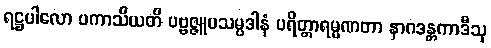
ရဋ္ဌပါလော ပကာသီယတိ ပဗ္ဗဇ္ဇူပသမ္ပဒါနံ ပရိတ္တာရမ္မဏတာ နာဂဒန္တကာဒီသု